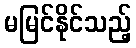
မမြင်နိုင်သည့်